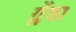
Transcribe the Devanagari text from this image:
ग्लेंडा